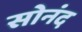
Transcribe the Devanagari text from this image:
सोनंद